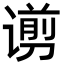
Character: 谫